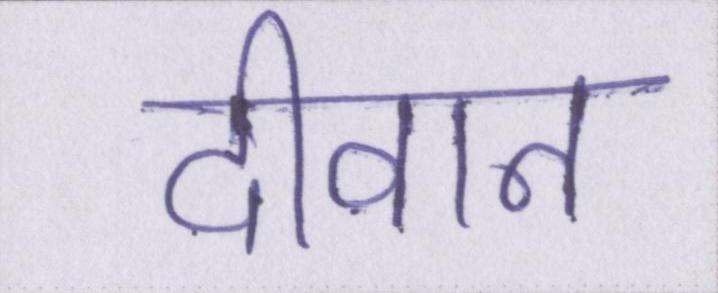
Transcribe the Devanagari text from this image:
दीवान